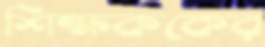
শিক্ষককের